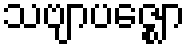
သဗျာပဇ္ဈော